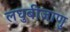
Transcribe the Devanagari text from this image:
लघुबीजाणु